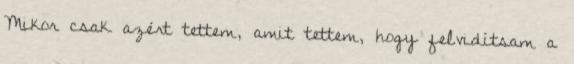
Mikor csak azért tettem, amit tettem, hogy felvidítsam a